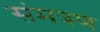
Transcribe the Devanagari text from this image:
संमत्रण